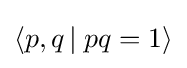
\langle p,q\,\vert \;pq=1\rangle